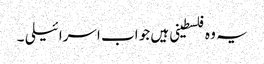
یہ وہ فلسطینی ہیں جو اب اسرائیلی ۔